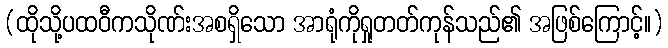
(ထိုသို့ပထဝီကသိုဏ်းအစရှိသော အာရုံကိုရှုတတ်ကုန်သည်၏ အဖြစ်ကြောင့်။)